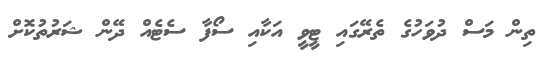
ތިން މަސް ދުވަހުގެ ތެރޭގައި ޓީވީ އަކާއި ސޯފާ ސެޓެއް ދޭން ޝަރުތުކޮށް